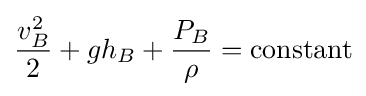
{v_{B}^{2} \over 2}+gh_{B}+{P_{B} \over \rho }=\mathrm {constant}